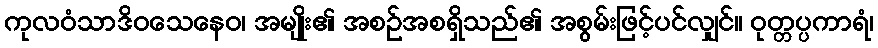
ကုလဝံသာဒိဝသေနေဝ၊ အမျိုး၏ အစဉ်အစရှိသည်၏ အစွမ်းဖြင့်ပင်လျှင်။ ဝုတ္တပ္ပကာရံ၊